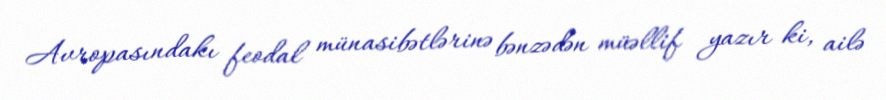
Avropasındakı feodal münasibətlərinə bənzədən müəllif yazır ki, ailə